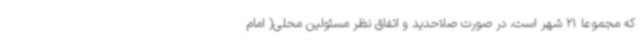
که مجموعا 21 شهر است، در صورت صلاحدید و اتفاق نظر مسئولین محلی( امام